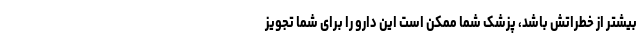
بیشتر از خطراتش باشد، پزشک شما ممکن است این دارو را برای شما تجویز